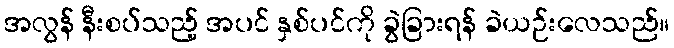
အလွန် နီးစပ်သည့် အပင် နှစ်ပင်ကို ခွဲခြားရန် ခဲယဉ်းလေသည်။